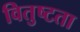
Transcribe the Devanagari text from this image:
वितुष्टता